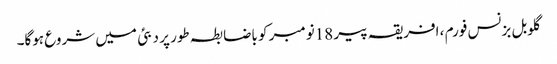
گلوبل بزنس فورم ، افریقہ پیر 18نومبر کو باضابطہ طور پر دبئی میں شروع ہوگا۔